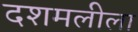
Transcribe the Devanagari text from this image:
दशमलीला